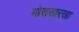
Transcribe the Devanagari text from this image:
मोरासारखा